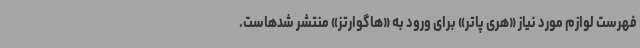
فهرست لوازم مورد نیاز «هری پاتر» برای ورود به «هاگوارتز» منتشر شدهاست.